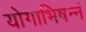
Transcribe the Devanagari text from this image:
योगाभिषन्नं